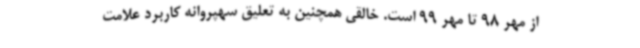
از مهر 98 تا مهر 99 است. خالقی همچنین به تعلیق سهپروانه کاربرد علامت